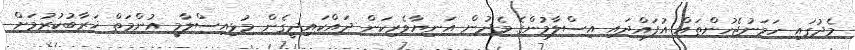
މެދުގައި ހަމަނުޖެހުންތައް އުފައްދައި އިސްލާމުންގެ މެދުން އަނިޔާވެރިކަން ދައްކައިދީގެން މުޅިއިސްލާމީ އުންމަތް ޚަރާބުކުރުމަށް